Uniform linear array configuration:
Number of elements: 24
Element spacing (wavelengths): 0.5
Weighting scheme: kaiser
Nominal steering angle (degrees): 0
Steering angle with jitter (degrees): -1.12
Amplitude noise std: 0.05
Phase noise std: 0.05

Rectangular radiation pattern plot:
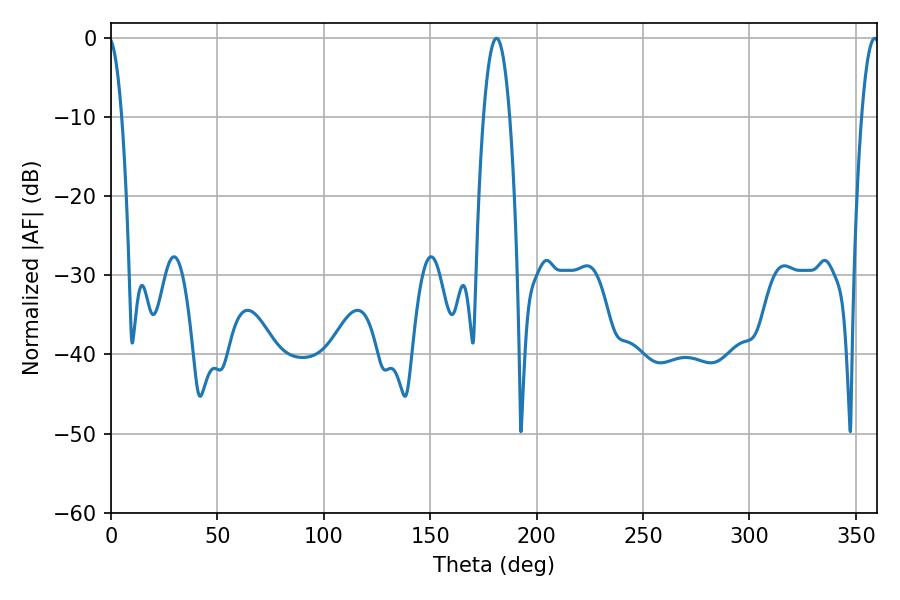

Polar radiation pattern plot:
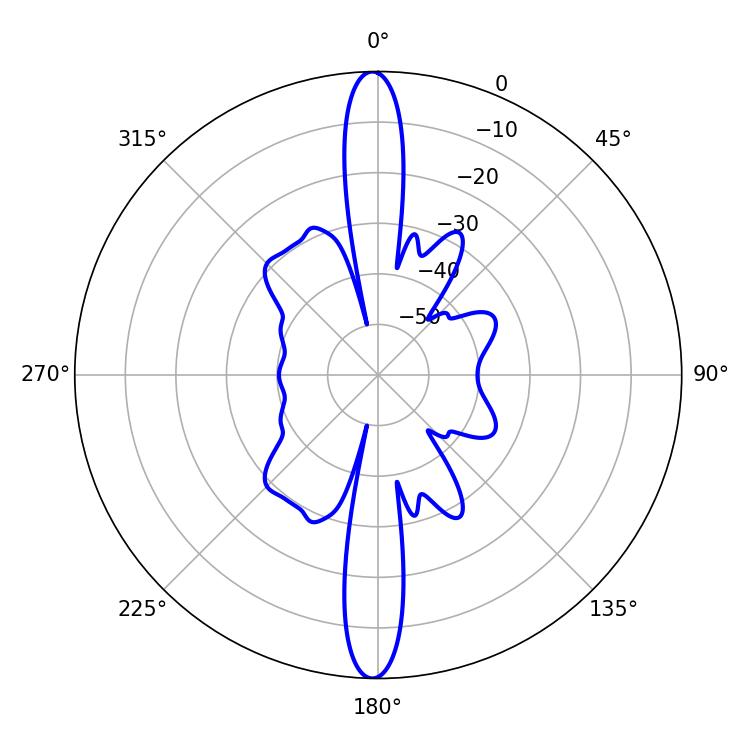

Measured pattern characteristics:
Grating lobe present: FALSE
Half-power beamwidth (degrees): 6.84
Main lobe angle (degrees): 181.08